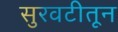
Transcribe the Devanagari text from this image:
सुरवटीतून